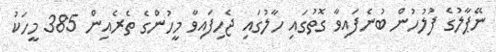
ނޭޕާލުގެ ފުލުހުން ބުނެފައިވާ ގޮތުގައި ހާލުގައި ޖެހިފައިވާ މީހުންގެ ތެެރެއިން 385 މީހަކު